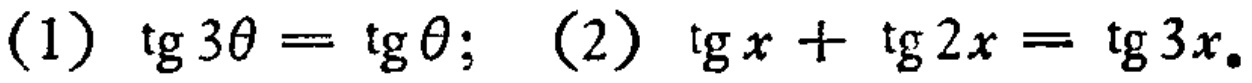
(1) \(\tg 3\theta=\tg \theta\); (2) \(\tg x+\tg 2x = \tg 3x\)